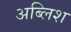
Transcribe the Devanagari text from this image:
अब्लिश